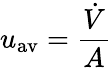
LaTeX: u_{\mathrm{{{}av}}}={\frac{\dot{V}}{A}}